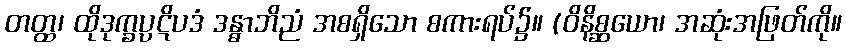
တတ္ထ၊ ထိုဒုက္ခပ္ပဋိပဒံ ဒန္ဓာဘိညံ အစရှိသော စကားရပ်၌။ (ဝိနိစ္ဆယော၊ အဆုံးအဖြတ်ကို။